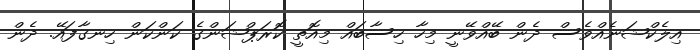
އިލެކްޝަނެއްވެސް ދެން ބޭއްވޭނީ މިހާ ހިސާބައް މިއޮތީ ކޮރަޕްޝަންގެ ކަންކަން ހިނގާފައޭ. ދެން